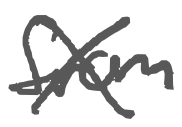
Text: from
Cross-out: cross
Writing tool: digital_gray